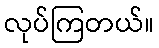
လုပ်ကြတယ်။